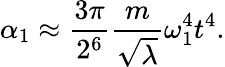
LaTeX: \alpha_{1}\approx\frac{3\pi}{2^{6}}\frac{m}{\sqrt\lambda}\omega_{1}^{4}t^{4}.